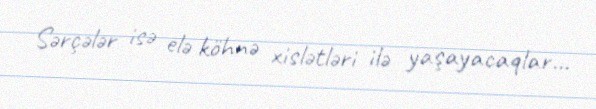
Sərçələr isə elə köhnə xislətləri ilə yaşayacaqlar...